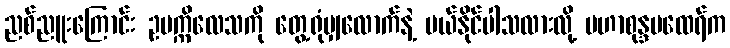
ညစ်ညူးကြောင်း ဥပက္ကိလေသကို တွေ့ရုံမျှလောက်နဲ့ ပယ်နိုင်ပါသလားလို့ မဟာစုန္ဒမထေရ်က